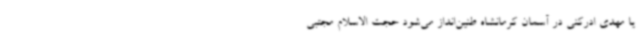
یا مهدی ادرکنی در آسمان کرمانشاه طنین‌انداز می‌شود حجت الاسلام مجتبی